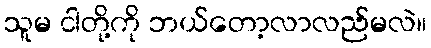
သူမ ငါတို့ကို ဘယ်တော့လာလည်မလဲ။